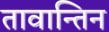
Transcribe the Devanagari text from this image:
तावान्तिन